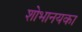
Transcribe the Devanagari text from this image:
शोभानयका